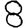
Digit: 8